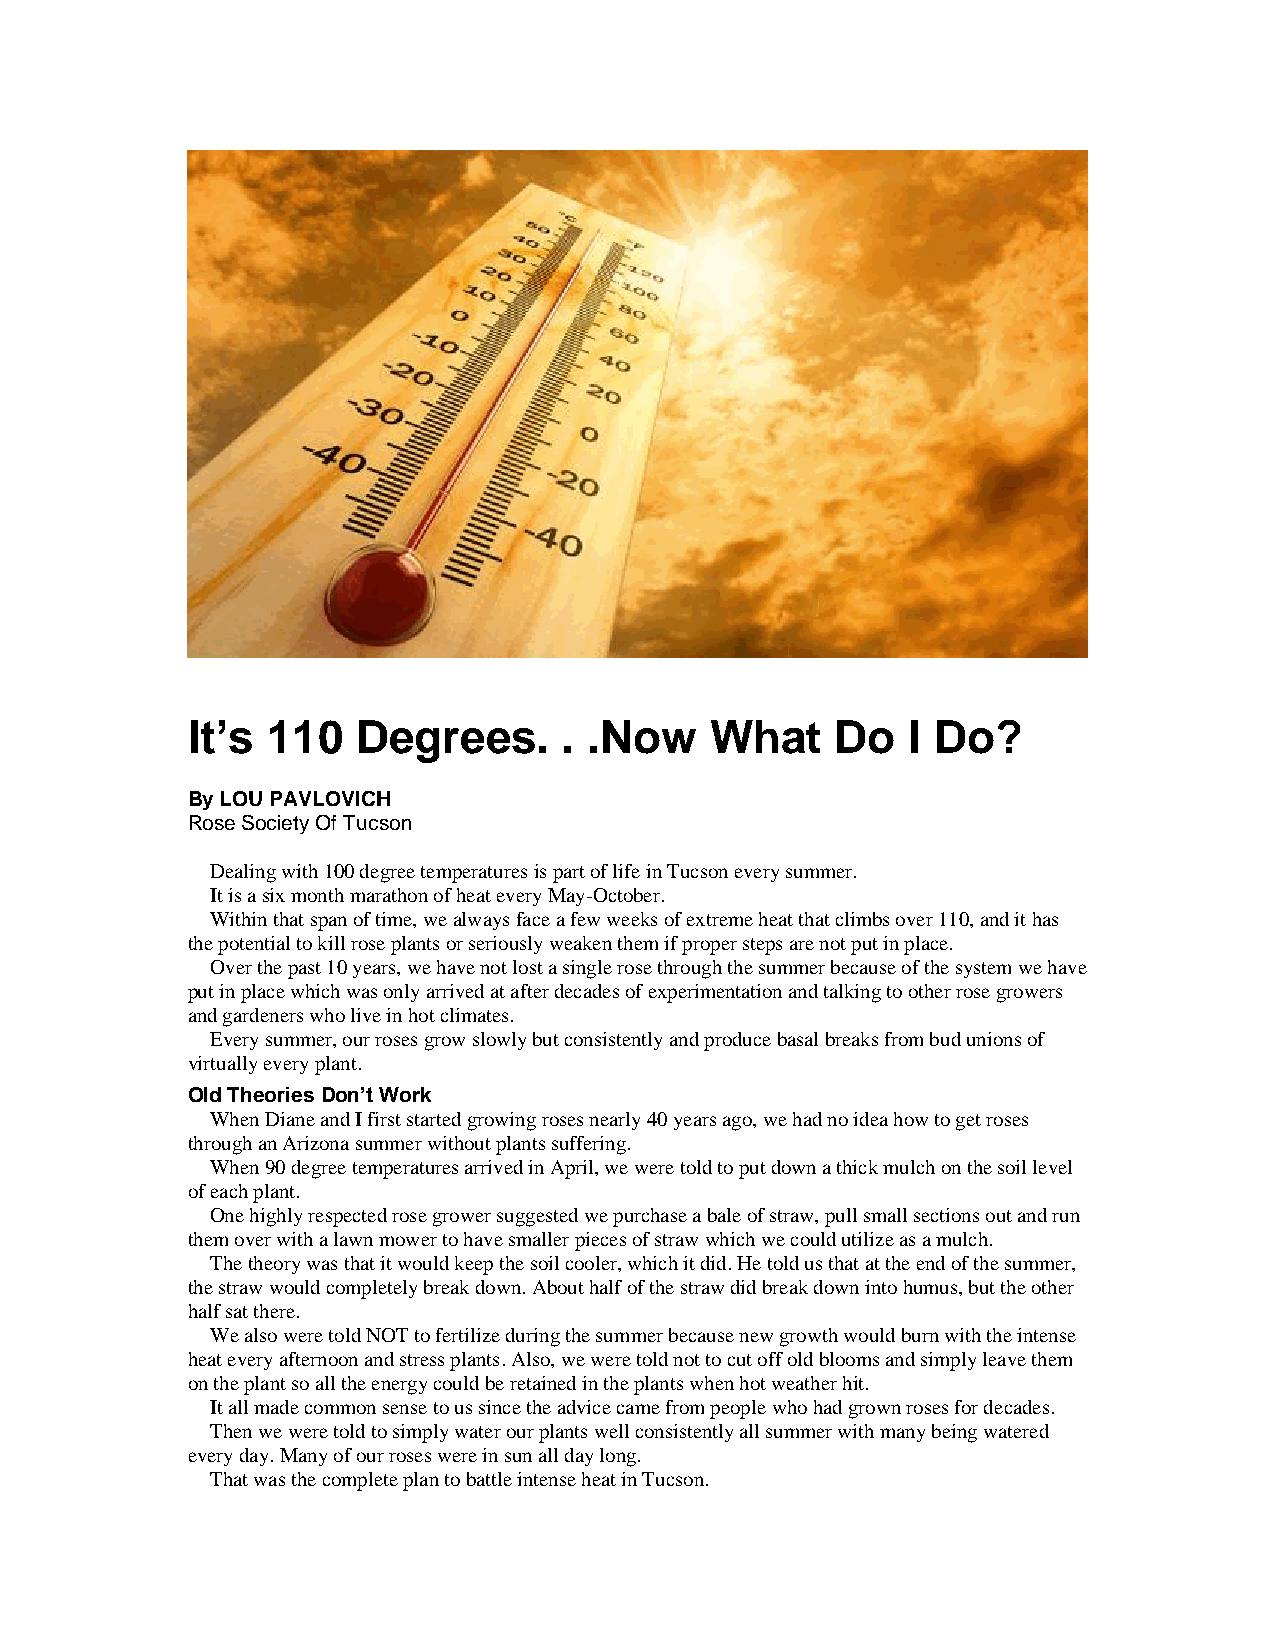
It’s  110   Degrees.     . .Now    What    Do   I Do?
 By LOU PAVLOVICH
 Rose Society Of Tucson
 Dealing with 100 degree temperatures is part of life in Tucson every summer.
 It is a six month marathon of heat every May-October.
 Within that span of time, we always face a few weeks of extreme heat that climbs over 110, and it has
 the potential to kill rose plants or seriously weaken them if proper steps are not put in place.
 Over the past 10 years, we have not lost a single rose through the summer because of the system we have
 put in place which was only arrived at after decades of experimentation and talking to other rose growers
 and gardeners who live in hot climates.
 Every summer, our roses grow slowly but consistently and produce basal breaks from bud unions of
 virtually every plant.
 Old Theories Don’t Work
 When Diane and I first started growing roses nearly 40 years ago, we had no idea how to get roses
 through an Arizona summer without plants suffering.
 When 90 degree temperatures arrived in April, we were told to put down a thick mulch on the soil level
 of each plant.
 One highly respected rose grower suggested we purchase a bale of straw, pull small sections out and run
 them over with a lawn mower to have smaller pieces of straw which we could utilize as a mulch.
 The theory was that it would keep the soil cooler, which it did. He told us that at the end of the summer,
 the straw would completely break down. About half of the straw did break down into humus, but the other
 half sat there.
 We also were told NOT to fertilize during the summer because new growth would burn with the intense
 heat every afternoon and stress plants. Also, we were told not to cut off old blooms and simply leave them
 on the plant so all the energy could be retained in the plants when hot weather hit.
 It all made common sense to us since the advice came from people who had grown roses for decades.
 Then we were told to simply water our plants well consistently all summer with many being watered
 every day. Many of our roses were in sun all day long.
 That was the complete plan to battle intense heat in Tucson.